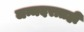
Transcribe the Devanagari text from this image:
जन्मदरातही